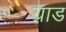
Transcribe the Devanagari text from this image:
ग्राड